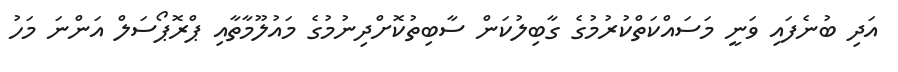
އަދި ބުނެފައި ވަނީ މަސައްކަތްކުރުމުގެ ގާބިލުކަން ސާބިތުކޮށްދިނުމުގެ މައުލޫމާތާއި ޕްރޮޕޯސަލް އަންނަ މަހު